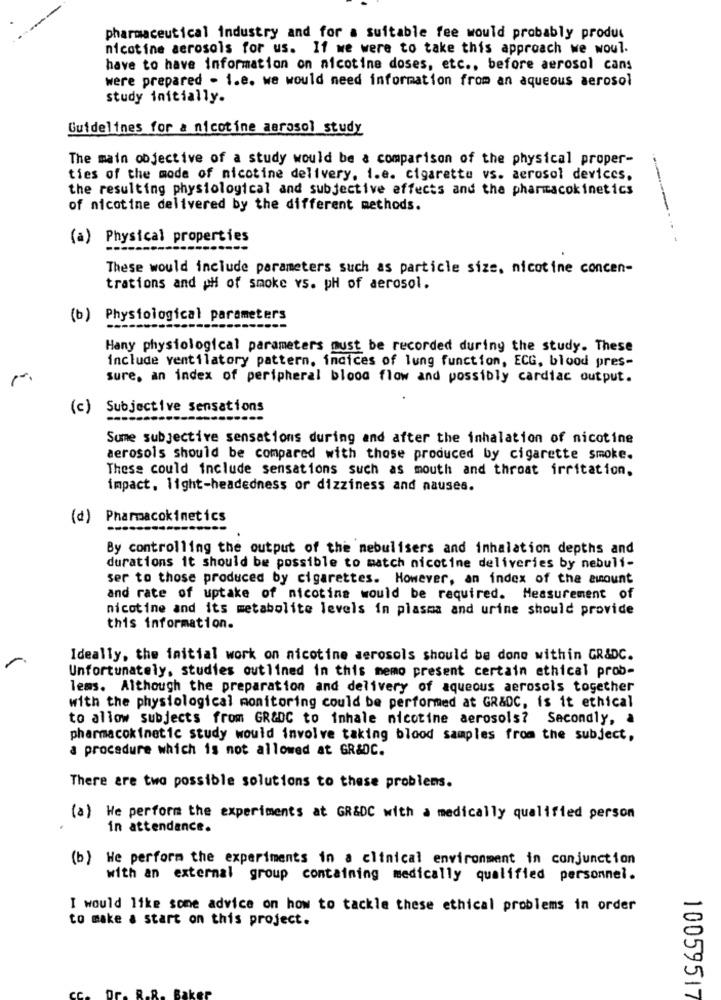
pharmaceutical industry and for a suitable fee would probably produc
nicotine aerosols for us. If we were to take this approach we woul.
have to have information on nicotine doses, etc ., before aerosol cans
were prepared - 1.e. we would need information from an aqueous aerosol
study initially.
Guidelines for a nicotine aerosol study
The main objective of a study would be a comparison of the physical proper-
ties of the mode of nicotine delivery, i.e. cigarette vs. aerosol devices.
the resulting physiological and subjective effects and the pharmacokinetics
of nicotine delivered by the different methods.
(a) Physical properties
These would include parameters such as particle size, nicotine concen-
trations and pH of smoke vs. pH of aerosol.
(b) Physiological parameters
Hany physiological parameters must be recorded during the study. These
include ventilatory pattern, indices of lung function, ECG, blood pres-
sure, an index of peripheral blood flow and possibly cardiac output.
(c)
Subjective sensations
Sume subjective sensations during and after the inhalation of nicotine
aerosols should be compared with those produced by cigarette smoke.
These could include sensations such as mouth and throat irritation.
impact, light-headedness or dizziness and nauses.
(d)
Pharmacokinetics
By controlling the output of the nebulisers and inhalation depths and
durations it should be possible to match nicotine deliveries by nebuli-
ser to those produced by cigarettes. However, an index of the amount
and rate of uptake of nicotine would be required. Measurement of
nicotine and its metabolite levels in plasma and urine should provide
this information.
Ideally, the initial work on nicotine aerosols should be done within GR&DC.
Unfortunately, studies outlined in this memo present certain ethical prob-
lems. Although the preparation and delivery of aqueous aerosols together
with the physiological monitoring could be performed at GR&DC, is it ethical
to allow subjects from GR&DC to inhale nicotine aerosols? Secondly, à
pharmacokinetic study would involve taking blood samples from the subject,
a procedure which is not allowed at GR&OC.
There are two possible solutions to these problems.
(a) We perform the experiments at GR&DC with a medically qualified person
in attendance.
(b) We perform the experiments in a clinical environment in conjunction
with an external group containing medically qualified personnel.
I would like some advice on how to tackle these ethical problems in order
to make a start on this project.
10059517
2.R.